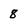
Character: 8